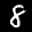
Label: 8